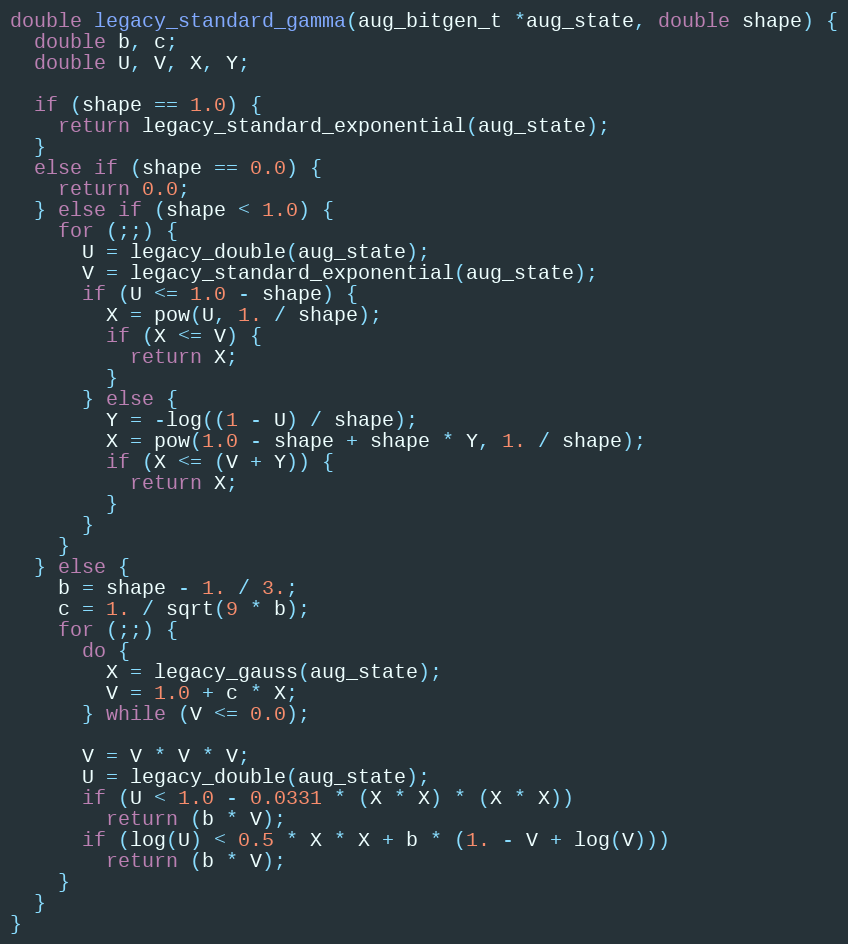
Language: C
double legacy_standard_gamma(aug_bitgen_t *aug_state, double shape) {
  double b, c;
  double U, V, X, Y;

  if (shape == 1.0) {
    return legacy_standard_exponential(aug_state);
  }
  else if (shape == 0.0) {
    return 0.0;
  } else if (shape < 1.0) {
    for (;;) {
      U = legacy_double(aug_state);
      V = legacy_standard_exponential(aug_state);
      if (U <= 1.0 - shape) {
        X = pow(U, 1. / shape);
        if (X <= V) {
          return X;
        }
      } else {
        Y = -log((1 - U) / shape);
        X = pow(1.0 - shape + shape * Y, 1. / shape);
        if (X <= (V + Y)) {
          return X;
        }
      }
    }
  } else {
    b = shape - 1. / 3.;
    c = 1. / sqrt(9 * b);
    for (;;) {
      do {
        X = legacy_gauss(aug_state);
        V = 1.0 + c * X;
      } while (V <= 0.0);

      V = V * V * V;
      U = legacy_double(aug_state);
      if (U < 1.0 - 0.0331 * (X * X) * (X * X))
        return (b * V);
      if (log(U) < 0.5 * X * X + b * (1. - V + log(V)))
        return (b * V);
    }
  }
}